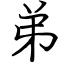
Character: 弟